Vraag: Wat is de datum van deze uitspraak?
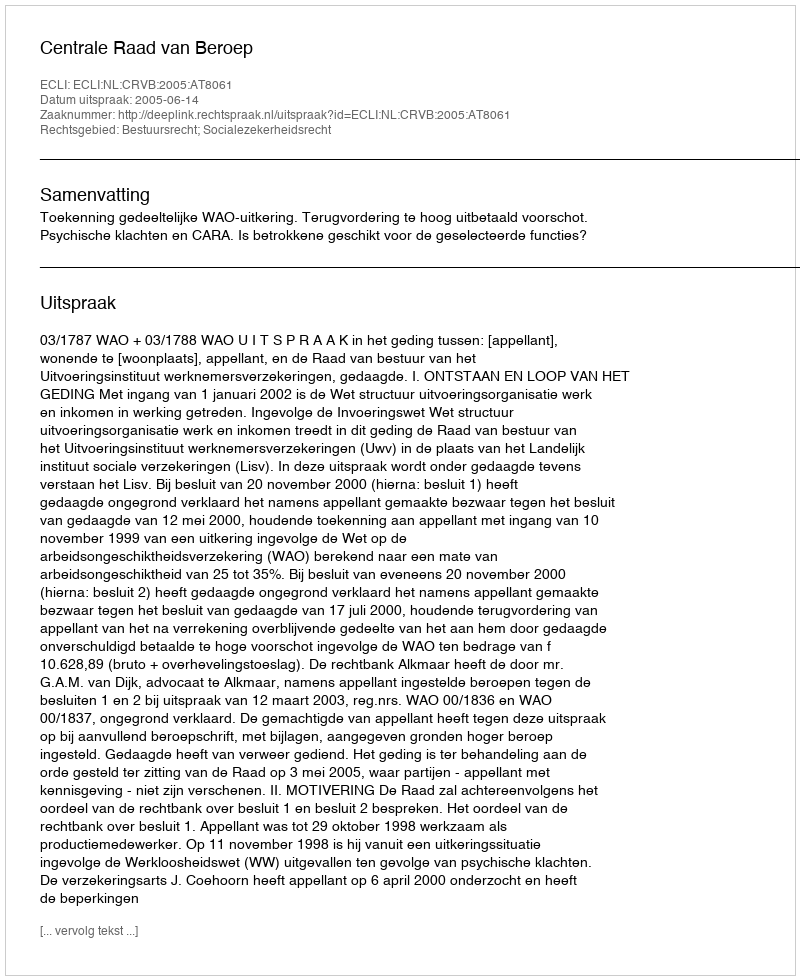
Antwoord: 2005-06-14